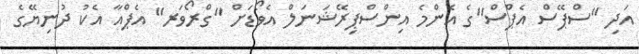
އަދި "ސްޕޭސް އެޕްސް"ގެ އެންމެ އިންސްޕިރޭޝަނަލް އެވޯޑަށް "ގްރޯވަރ" އެޕްއާ އެކު ދުނިޔޭގެ